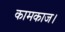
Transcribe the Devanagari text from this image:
कामकाज।